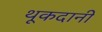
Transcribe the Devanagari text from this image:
थूकदानी